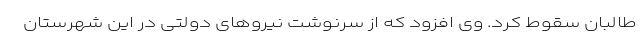
طالبان سقوط کرد. وی افزود که از سرنوشت نیرو‌های دولتی در این شهرستان